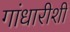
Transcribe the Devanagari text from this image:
गांधारीशी